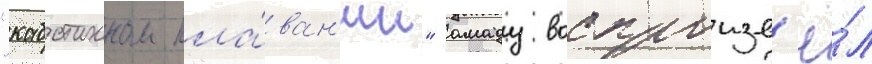
"каботажном пла́ван'ии" амаду воспроизв'ё́л